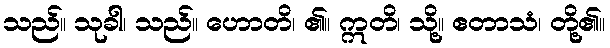
သည်။ သုခါ၊ သည်။ ဟောတိ၊ ၏။ ဣတိ၊ သို့။ ဧတာသံ၊ တို့၏။